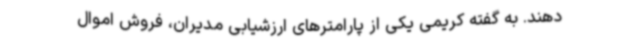
دهند. به گفته کریمی یکی از پارامترهای ارزشیابی مدیران، فروش اموال